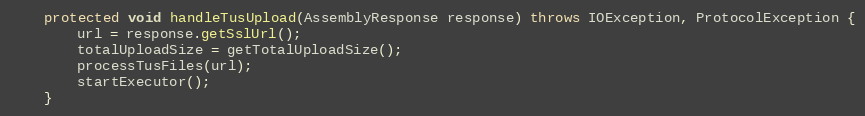
Language: Java
    protected void handleTusUpload(AssemblyResponse response) throws IOException, ProtocolException {
        url = response.getSslUrl();
        totalUploadSize = getTotalUploadSize();
        processTusFiles(url);
        startExecutor();
    }